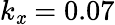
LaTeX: k_{\mathit{x}}=0.07